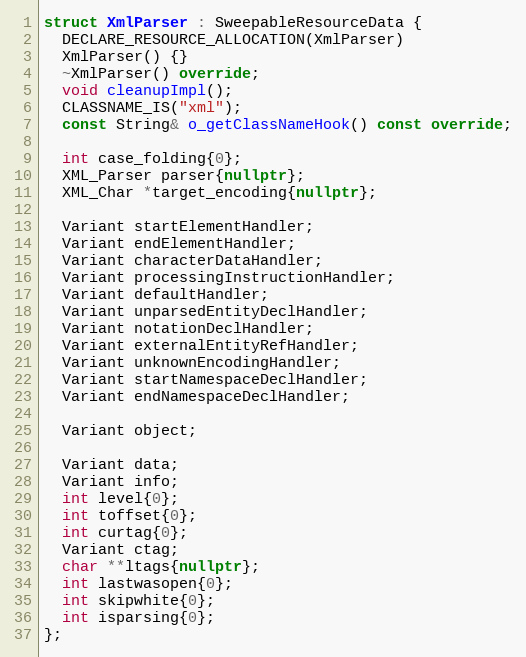
Language: C++
struct XmlParser : SweepableResourceData {
  DECLARE_RESOURCE_ALLOCATION(XmlParser)
  XmlParser() {}
  ~XmlParser() override;
  void cleanupImpl();
  CLASSNAME_IS("xml");
  const String& o_getClassNameHook() const override;

  int case_folding{0};
  XML_Parser parser{nullptr};
  XML_Char *target_encoding{nullptr};

  Variant startElementHandler;
  Variant endElementHandler;
  Variant characterDataHandler;
  Variant processingInstructionHandler;
  Variant defaultHandler;
  Variant unparsedEntityDeclHandler;
  Variant notationDeclHandler;
  Variant externalEntityRefHandler;
  Variant unknownEncodingHandler;
  Variant startNamespaceDeclHandler;
  Variant endNamespaceDeclHandler;

  Variant object;

  Variant data;
  Variant info;
  int level{0};
  int toffset{0};
  int curtag{0};
  Variant ctag;
  char **ltags{nullptr};
  int lastwasopen{0};
  int skipwhite{0};
  int isparsing{0};
};